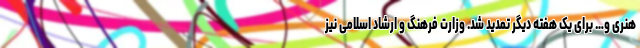
هنری و… برای یک هفته دیگر تمدید شد. وزارت فرهنگ و ارشاد اسلامی نیز